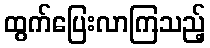
ထွက်ပြေးလာကြသည့်